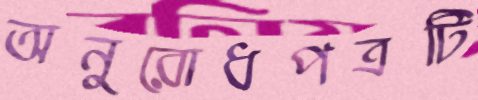
অনুরোধপত্রটি